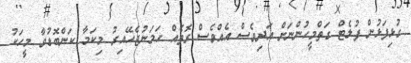
ގުޅިފަޅުން ފުލެޓް ގަތްމީހުންނަށް އަދިވެސް އެއްވެސް ގޮތެއް ހަމަނުޖެހޭއިރު މިކަމާ ކަންބޮޑުވާ މީހަކު